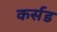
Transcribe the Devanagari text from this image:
कर्सड